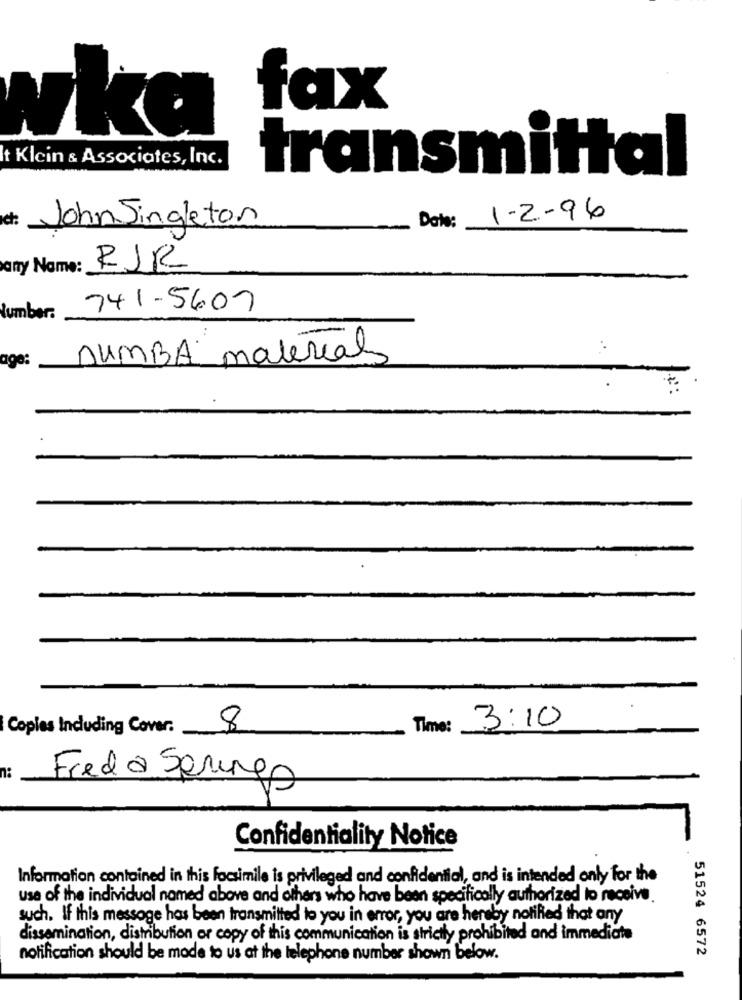
fax
wka
t Klein & Associates, Inc.
transmittal
1-2-96
JohnSingleton
Date:
any Name:
RJR
741-5607
lumber:
age:
DUMBA material
Copies Including Cover:
8
Time:
3:10
n:
Fred a Springs
Confidentiality Notice
Information contained in this facsimile is privileged and confidential, and is intended only for the
use of the individual named above and others who have been specifically authorized to receive.
such. If this message has been transmitted to you in error, you are hereby notified that any
dissemination, distribution or copy of this communication is strictly prohibited and immediate
51524 6572
notification should be made to us at the telephone number shown below.